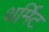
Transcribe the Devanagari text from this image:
थर्मिट